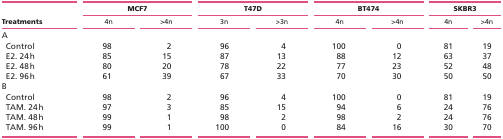
<table><thead><tr><td rowspan="2"><b>Treatments</b></td><td colspan="2"><b>MCF7</b></td><td colspan="2"><b>T47D</b></td><td colspan="2"><b>BT474</b></td><td colspan="2"><b>SKBR3</b></td></tr><tr><td><b>4n</b></td><td><b>&gt;4n</b></td><td><b>3n</b></td><td><b>&gt;3n</b></td><td><b>4n</b></td><td><b>&gt;4n</b></td><td><b>4n</b></td><td><b>&gt;4n</b></td></tr></thead><tbody><tr><td colspan="9">A</td></tr><tr><td> Control</td><td>98</td><td>2</td><td>96</td><td>4</td><td>100</td><td>0</td><td>81</td><td>19</td></tr><tr><td> E2. 24 h</td><td>85</td><td>15</td><td>87</td><td>13</td><td>88</td><td>12</td><td>63</td><td>37</td></tr><tr><td> E2. 48 h</td><td>80</td><td>20</td><td>78</td><td>22</td><td>77</td><td>23</td><td>52</td><td>48</td></tr><tr><td> E2. 96 h</td><td>61</td><td>39</td><td>67</td><td>33</td><td>70</td><td>30</td><td>50</td><td>50</td></tr><tr><td colspan="9">B</td></tr><tr><td> Control</td><td>98</td><td>2</td><td>96</td><td>4</td><td>100</td><td>0</td><td>81</td><td>19</td></tr><tr><td> TAM. 24 h</td><td>97</td><td>3</td><td>85</td><td>15</td><td>94</td><td>6</td><td>24</td><td>76</td></tr><tr><td> TAM. 48 h</td><td>99</td><td>1</td><td>98</td><td>2</td><td>98</td><td>2</td><td>24</td><td>76</td></tr><tr><td> TAM. 96 h</td><td>99</td><td>1</td><td>100</td><td>0</td><td>84</td><td>16</td><td>30</td><td>70</td></tr></tbody></table>